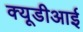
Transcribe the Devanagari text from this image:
क्यूडीआई